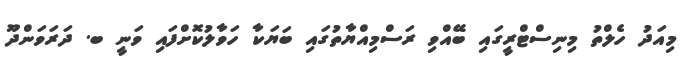
މިއަދު ހެލްތު މިނިސްޓްރީގައި ބޭއްވި ރަސްމިއްޔާތުގައި ބަޔަކާ ހަވާލުކޮށްފައި ވަނީ ބ. ދަރަވަންދޫ